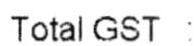
TOTAL GST :